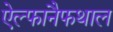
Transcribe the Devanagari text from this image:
ऐल्फानैफथाल